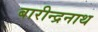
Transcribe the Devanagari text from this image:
बारीन्द्रनाथ